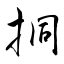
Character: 挏